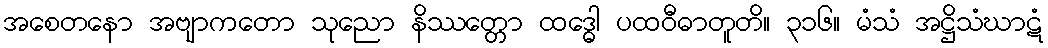
အစေတနော အဗျာကတော သုညော နိဿတ္တော ထဒ္ဓေါ ပထဝီဓာတူတိ။ ၃၁၆။ မံသံ အဋ္ဌိသံဃာဋံ